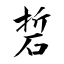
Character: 硩